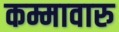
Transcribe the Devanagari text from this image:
कम्मावारु